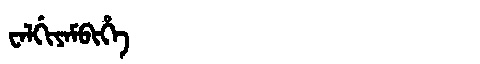
Manchu: ᠸᠠᠯᡤᡳᠶᠠᠮᠪᡳᡥᡝ
Romanization: WALGIYAMBIHE